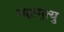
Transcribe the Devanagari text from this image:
महामृत्यु